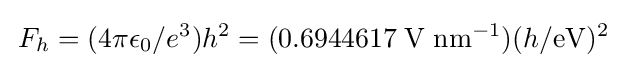
\,F_{h}=(4\pi \epsilon _{0}/e^{3})h^{2}=(0.6944617\;\mathrm {V} \;{\mathrm {nm} }^{-1})(h/{\rm {eV}})^{2}